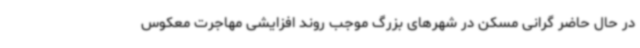
در حال حاضر گرانی مسکن در شهرهای بزرگ موجب روند افزایشی مهاجرت معکوس